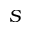
S